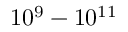
1 0 ^ { 9 } - 1 0 ^ { 1 1 }